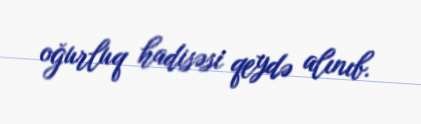
oğurluq hadisəsi qeydə alınıb.